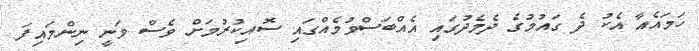
ހަމައެއާ އެކު ދެ ގައުމުގެ ދެމެދުގައި އެއްބަސްވުމެއްގައި ސޮއިކުރުމަށް ވެސް ވަނީ ނިންމައިފަ